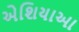
એશિયાઆ